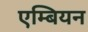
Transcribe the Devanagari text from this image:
एम्बियन